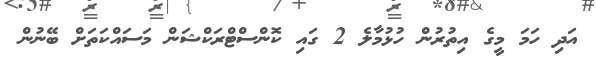
އަދި ހަމަ މީގެ އިތުރުން ހުޅުމާލެ 2 ގައި ކޮންސްޓްރަކްޝަން މަސައްކަތަށް ބޭނުން